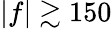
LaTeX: |f|\gtrsim 150